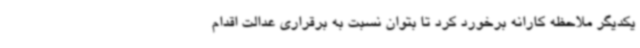
یکدیگر ملاحظه کارانه برخورد کرد تا بتوان نسبت به برقراری عدالت اقدام